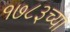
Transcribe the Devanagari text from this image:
१७८३च्या